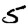
Digit: 5